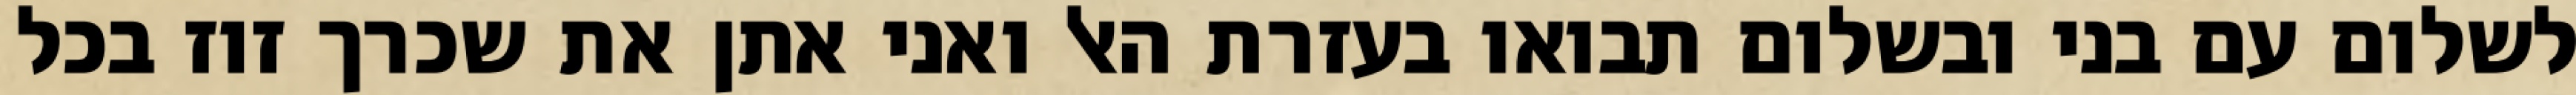
לשלום עם בני ובשלום תבואו בעזרת האל ואני אתן את שכרך זוז בכל